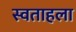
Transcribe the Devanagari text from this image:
स्वताहला